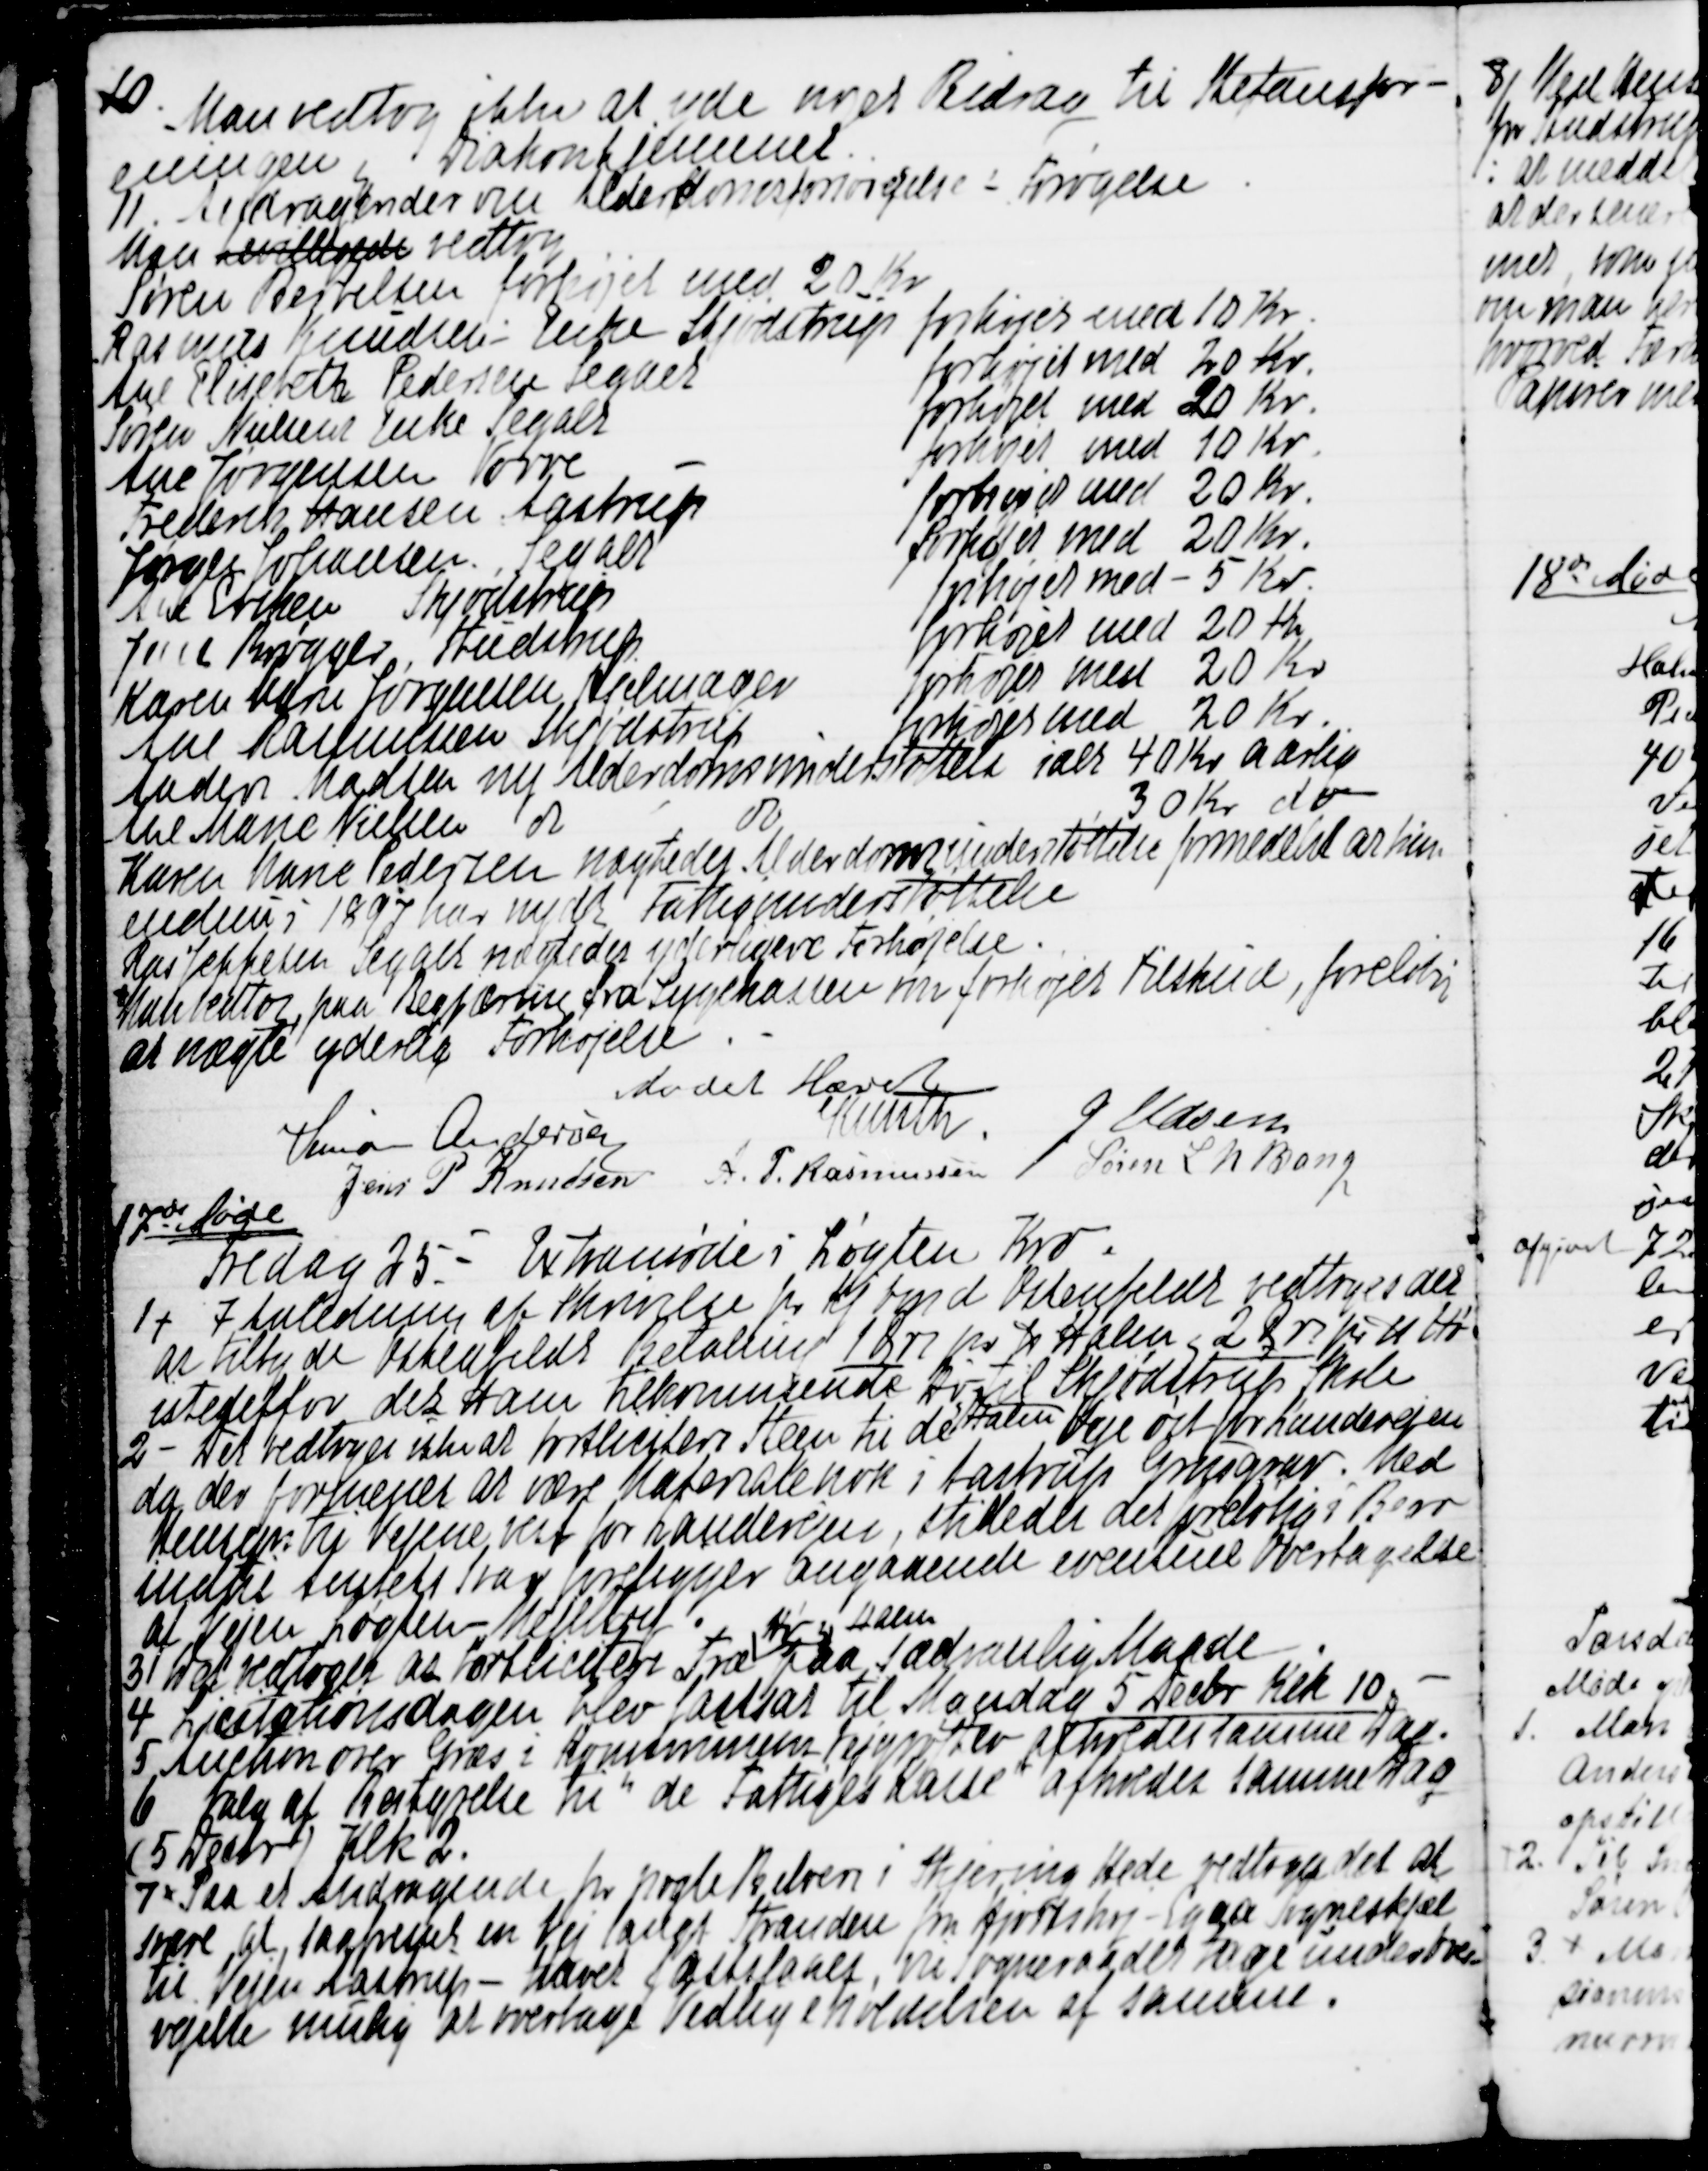
Transskription:
10.
 Man vedtog ikke at yde noget Bidrag til Stefansfor-
eningen og Diakonhjemmet.
11. Andragender om Alderdomsforsørgelse - Forøgelse
Man bevilligede vedtog
Søren Bertelsen forhøjet med 20 Kr
Rasmus Knudsens Enke Skjødstrup forhøjes med 10 Kr.
Ane Elisabeth Pedersen Segalt
forhøjet med 20 Kr.
Søren Nielsens Enke Segalt 
forhøjet med 20 Kr.
Ane Jørgensen Vorre
forhøjet med 10 Kr.
Frederik Hansen Aastrup
forhøjet med 20 Kr.
Jørgen Johansen. Segalt
forhøjet med 20 Kr.
Ane Eriksen Skjødstrup
forhøjet med - 5 Kr.
Jens Brøgger, Studstrup
forhøjet med 20 Kr.
Karen Marie Jørgensen Hjelmager
forhøjet med 20 Kr.
Ane Rasmussen Skjødstrup
forhøjes med 20 Kr.
Anders Madsen ny Alderdomsunderstøttelse ialt 40 Kr aarlig
Ane Marie Nielsen
do
do
30 Kr do
Karen Marie Pedersen nægtedes Alderdomsunderstøttelse, formedelst at hun
endnu i 1897 har nydt Fattigunderstøttelse
Ras Jeppesen Segalt nægtedes yderligere Forhøjelse.
Man vedtog, paa Begjæring fra Sygekassen om forhøjet Tilskud, foreløbig
at nægte yderlig Forhøjelse.
Mødet Hævet
Simon Andersen
Knuth
J Udsen
Jens P Knudsen
A. P. Rasmussen
Søren L N Bang

17de Møde
Fredag 25. - Extramøde i Løgten Kro.
1
I Anledning af Skrivelse fra Kjøbmand Ostenfeldt vedtoges det
at tilbyde Ostenfeldt Betaling 1 Øre pr ℔ Halm , 2 Øre pr ℔ Hø
istedetfor det ham tilkommende Hø 
og Halm
til Skjødstrup Skole
2 - Det vedtoges ikke at bortlicitere Steen til de Veje øst for Landevejen
da der formenes at være Materiale nok i Aastrup Grusgrav. Med
Hensyn til Vejene vest for Landevejen, stilledes det foreløbig i Bero
indtil Amtets Svar foreligger angaaende eventuel Overtagelse
af Vejen Løgten - Mejlby.
3 Det vedtoges at bortlicitere Træ 
Hø og Halm
paa sædvanlig Maade
4 Licitationsdagen blev fastsat til Mandag 5 Decbr Klk. 10.
5 Auction over Græs i Kommunens Vejgrøfter afholdes samme Dag.
6 Valg af Bestyrelse til "de Fattiges Kasse" afholdes samme Dag
(5 Decbr) Klk 2.
7
Paa et Andragende fra nogle Beboere i Skjering Hede vedtoges det at
svare, at saafremt en Vej langs Stranden fra Hjortshøj - Egaa Sogneskjæl
til Vejen Aastrup - Havet fastslaaet , vil Sogneraadet tage under Over=
vejelse mulig at overtage Vedligeholdelsen af samme.